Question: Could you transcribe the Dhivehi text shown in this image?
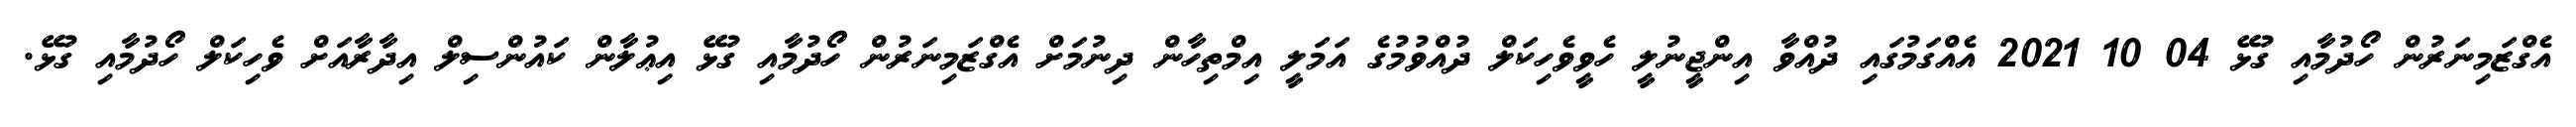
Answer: އެގްޒަމިނަރުން ހޯދުމާއި ގުޅޭ 04 10 2021 އެއްގަމުގައި ދުއްވާ އިންޖީނުލީ ހެވީވެހިކަލް ދުއްވުމުގެ އަމަލީ އިމްތިހާން ދިނުމަށް އެގްޒަމިނަރުން ހޯދުމާއި ގުޅޭ އިޢުލާން ކައުންސިލް އިދާރާއަށް ވެހިކަލް ހޯދުމާއި ގުޅޭ.